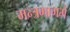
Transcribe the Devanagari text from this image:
मन्त्रभागमें